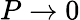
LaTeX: P\to 0